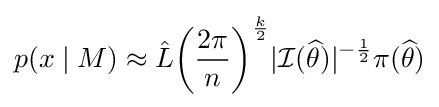
p(x\mid M)\approx {\hat {L}}{\left({\frac {2\pi }{n}}\right)}^{\frac {k}{2}}|{\mathcal {I}}({\widehat {\theta }})|^{-{\frac {1}{2}}}\pi ({\widehat {\theta }})